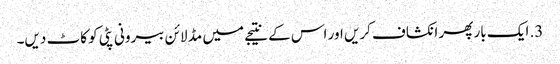
3. ایک بار پھر انکشاف کریں اور اس کے نتیجے میں مڈ لائن بیرونی پٹی کو کاٹ دیں۔